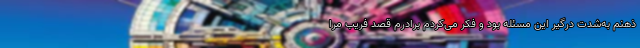
ذهنم به‌شدت درگیر این مسئله بود و فکر می‌کردم برادرم قصد فریب مرا